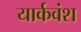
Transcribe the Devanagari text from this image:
यार्कवंश